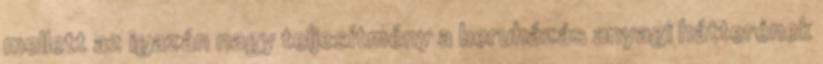
mellett az igazán nagy teljesítmény a beruházás anyagi hátterének